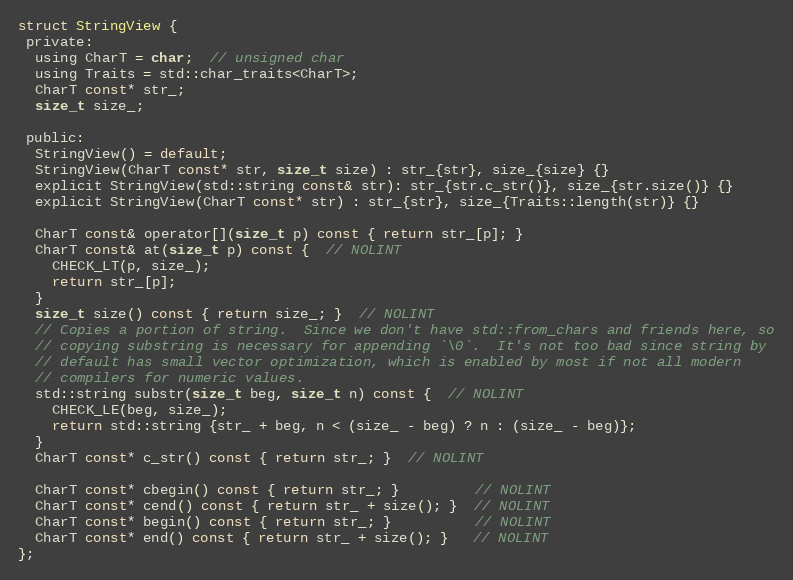
Language: C
struct StringView {
 private:
  using CharT = char;  // unsigned char
  using Traits = std::char_traits<CharT>;
  CharT const* str_;
  size_t size_;

 public:
  StringView() = default;
  StringView(CharT const* str, size_t size) : str_{str}, size_{size} {}
  explicit StringView(std::string const& str): str_{str.c_str()}, size_{str.size()} {}
  explicit StringView(CharT const* str) : str_{str}, size_{Traits::length(str)} {}

  CharT const& operator[](size_t p) const { return str_[p]; }
  CharT const& at(size_t p) const {  // NOLINT
    CHECK_LT(p, size_);
    return str_[p];
  }
  size_t size() const { return size_; }  // NOLINT
  // Copies a portion of string.  Since we don't have std::from_chars and friends here, so
  // copying substring is necessary for appending `\0`.  It's not too bad since string by
  // default has small vector optimization, which is enabled by most if not all modern
  // compilers for numeric values.
  std::string substr(size_t beg, size_t n) const {  // NOLINT
    CHECK_LE(beg, size_);
    return std::string {str_ + beg, n < (size_ - beg) ? n : (size_ - beg)};
  }
  CharT const* c_str() const { return str_; }  // NOLINT

  CharT const* cbegin() const { return str_; }         // NOLINT
  CharT const* cend() const { return str_ + size(); }  // NOLINT
  CharT const* begin() const { return str_; }          // NOLINT
  CharT const* end() const { return str_ + size(); }   // NOLINT
};